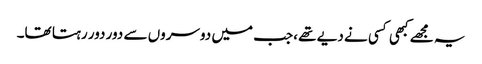
یہ مجھے کبھی کسی نے دیے تھے ،جب میں دوسروں سے دور دور رہتا تھا۔